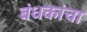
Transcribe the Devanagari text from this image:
बंधकांचा